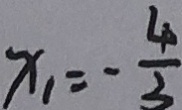
x _ { 1 } = - \frac { 4 } { 3 }